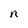
Character: n